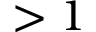
> 1